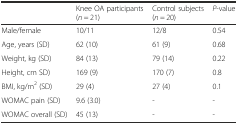
|  | Knee OA participants (n = 21) | Control subjects (n = 20) | P-value |
 | --- | --- | --- | --- |
 | Male/female | 10/11 | 12/8 | 0.54 |
 | Age, years (SD) | 62 (10) | 61 (9) | 0.68 |
 | Weight, kg (SD) | 84 (13) | 79 (14) | 0.22 |
 | Height, cm SD) | 169 (9) | 170 (7) | 0.8 |
 | BMI, kg/m2 (SD) | 29 (4) | 27 (4) | 0.1 |
 | WOMAC pain (SD) | 9.6 (3.0) | - | - |
 | WOMAC overall (SD) | 45 (13) | - | - |